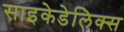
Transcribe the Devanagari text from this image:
साइकेडेलिक्स